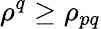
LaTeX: \rho^{q}\geq\rho_{pq}